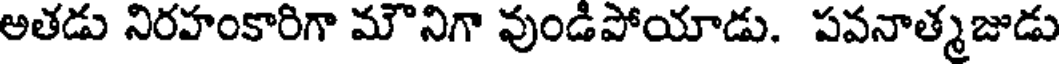
అతడు నిరహంకారిగా మౌనిగా వుండిపోయాడు. పవనాత్మజుడు